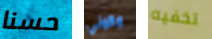
حسنا وكوني تخفيه